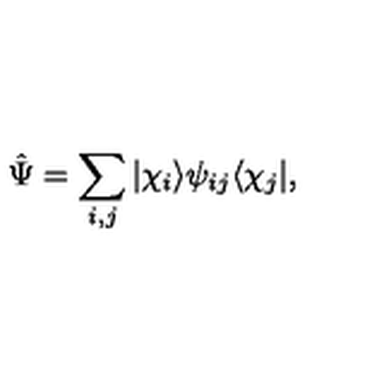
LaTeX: \hat { \Psi } = \sum _ { i , j } | \chi _ { i } \rangle \psi _ { i j } \langle \chi _ { j } | ,